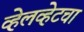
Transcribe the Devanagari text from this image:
व्हेलव्हेटचा